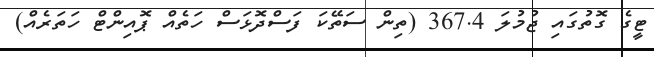
ޓީގެ ގޮތުގައި ޖުމުލަ 367.4 (ތިން ސަތޭކަ ފަސްދޮޅަސް ހަތެއް ޕޮއިންޓް ހަތަރެއް)